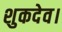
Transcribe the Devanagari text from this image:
शुकदेव।